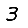
Digit: 3